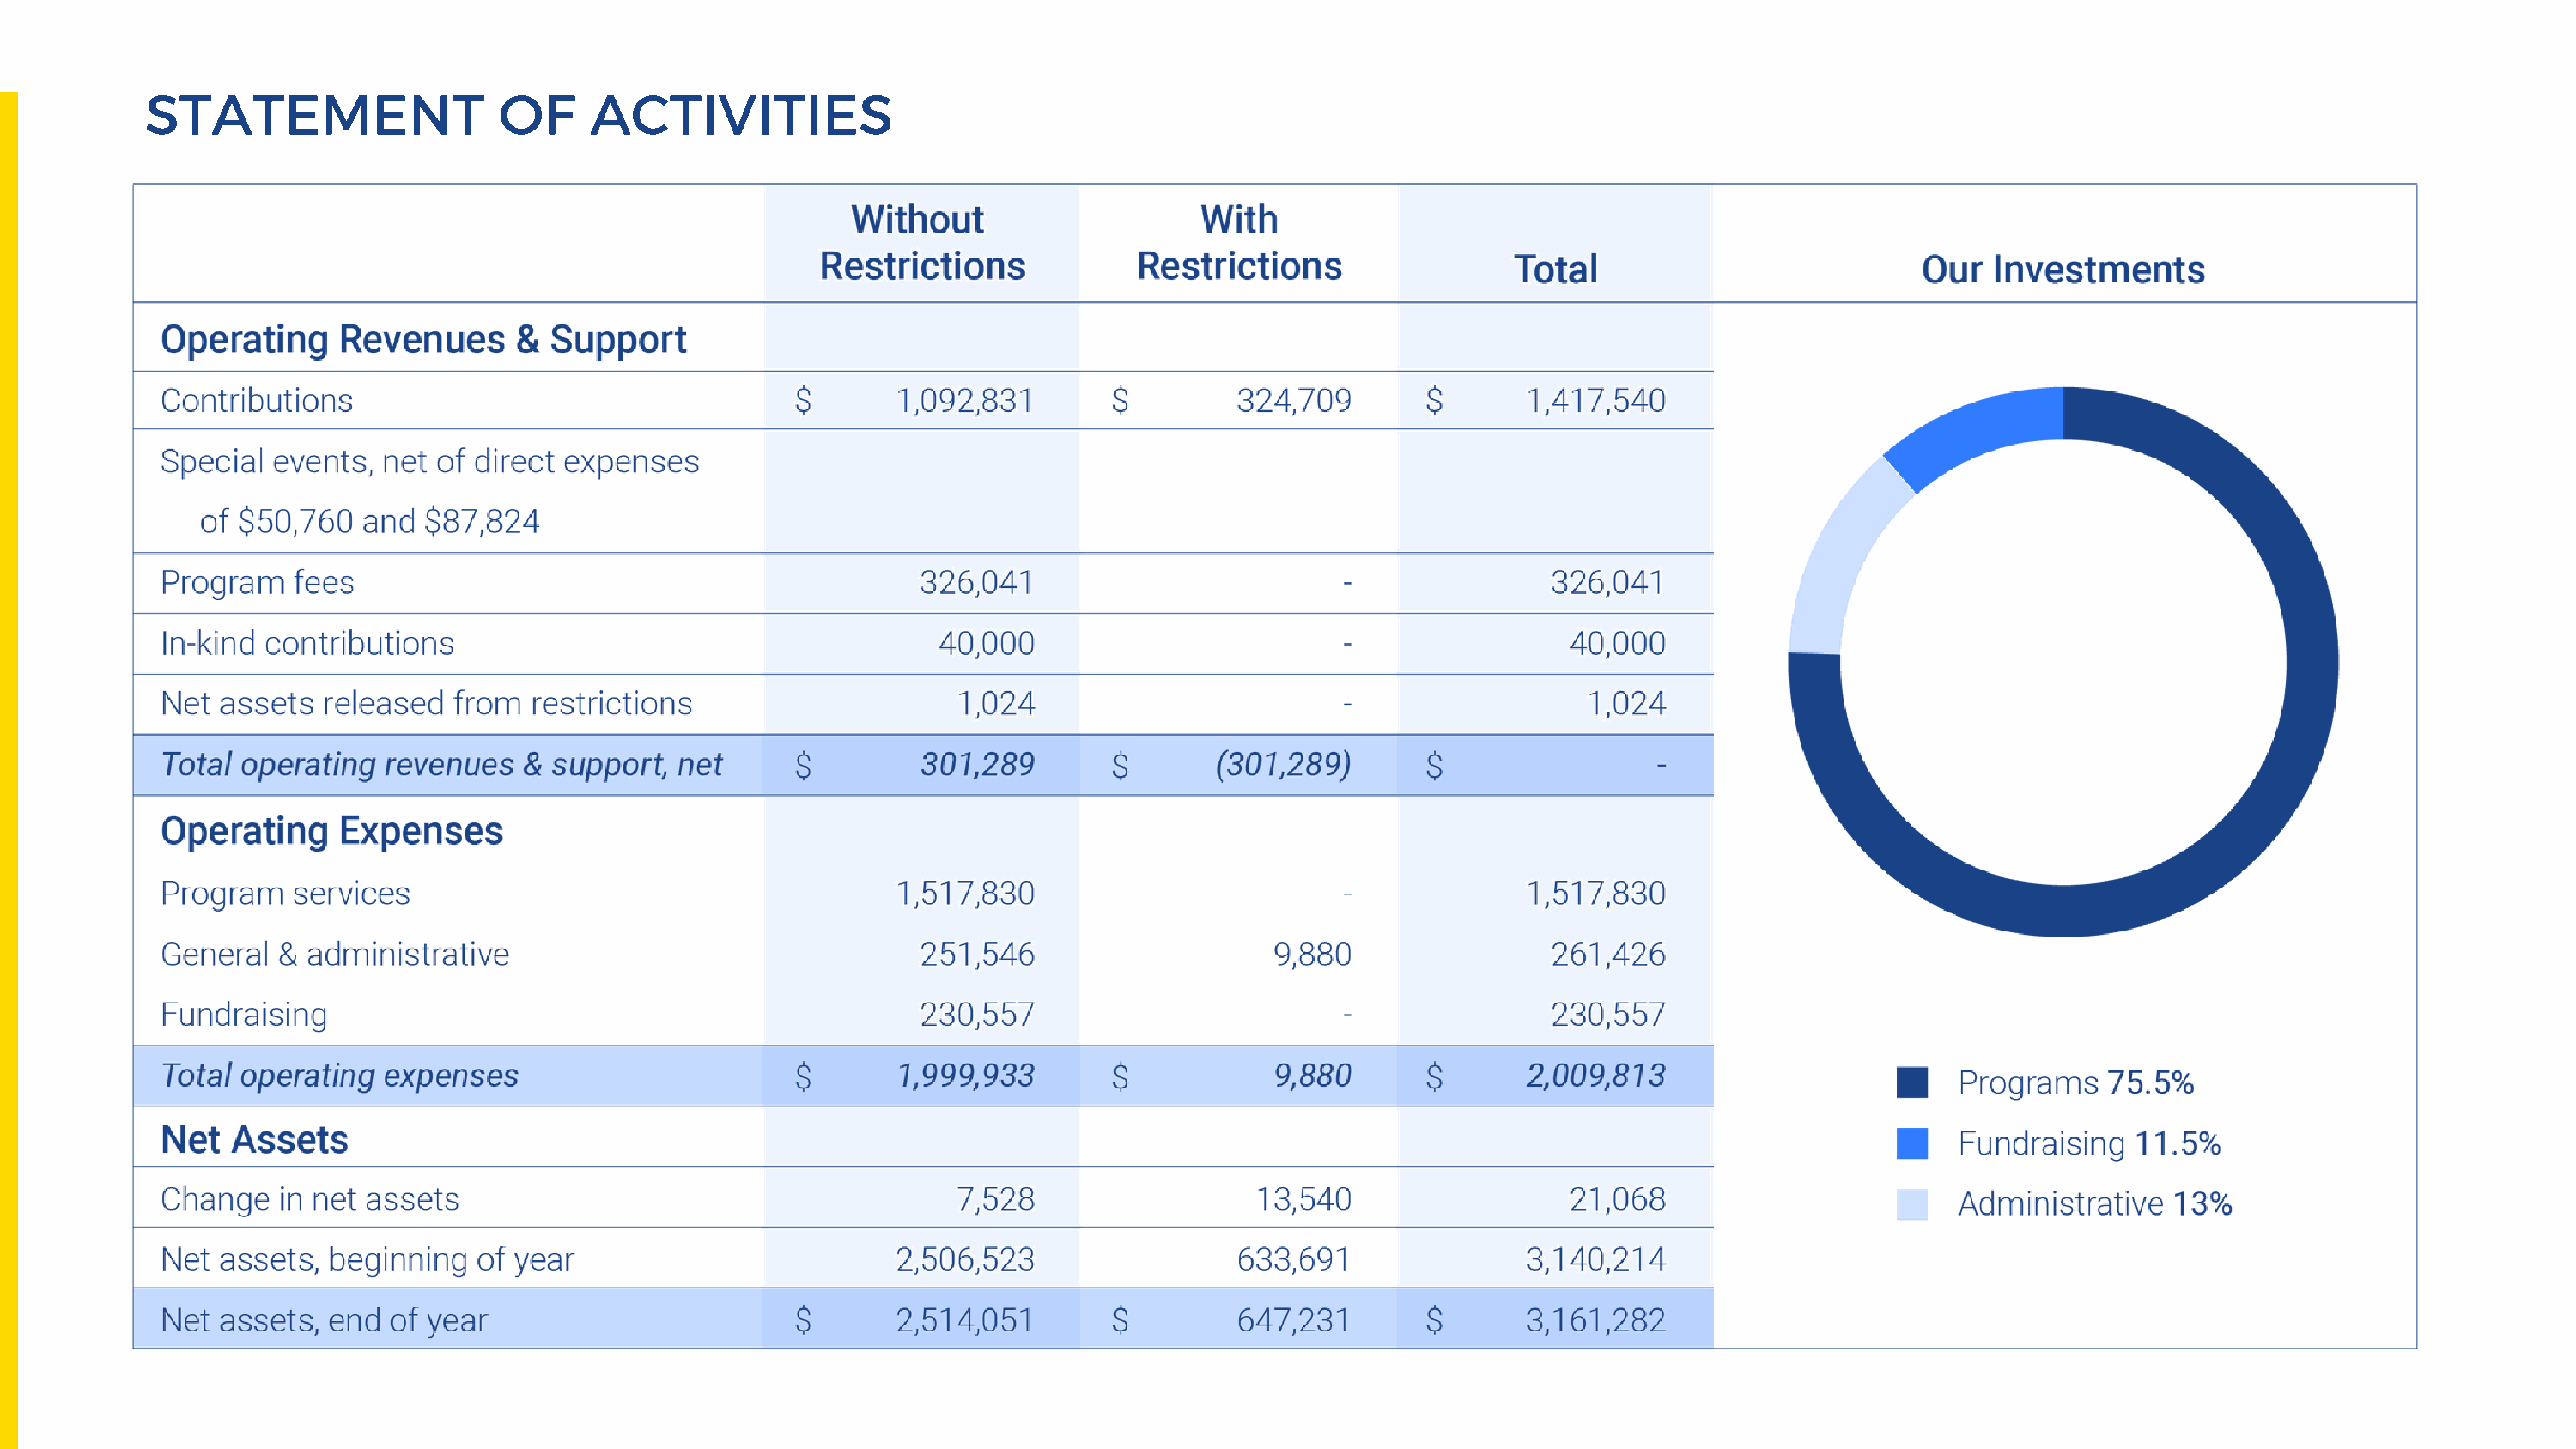
STATEMENT                  OF     ACTIVITIES